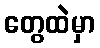
တွေထဲမှာ